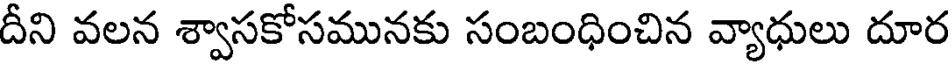
దీని వలన శ్వాసకోసమునకు సంబంధించిన వ్యాధులు దూర